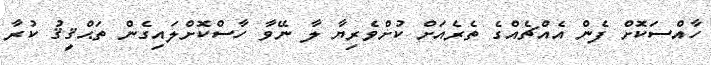
ހާއްސަކޮށް ފެން އެއްޗެއްގެ ތެރެއަށް ކުށްވެރިޔާ ލާ ނޭވާ ހާސްކޮށްލައިގެން ތަޙްޤީޤު ކުރާ